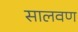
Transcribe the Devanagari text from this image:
सालवण